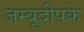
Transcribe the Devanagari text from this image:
जम्बूदीपके